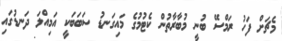
މެޗަށް ފަހު ރަމްސޭ ބުނީ މުބާރާތުން ކެޓުމުގެ މައިގަނޑު ސަބަބަކީ އަމިއްލަ ދަނޑުގައި